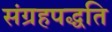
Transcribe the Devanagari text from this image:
संग्रहपद्धति